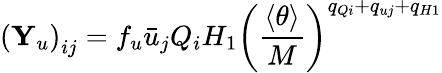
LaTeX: \left({\mathbf Y}_{u}\right)_{ij}=f_{u}\bar{u}_{j}Q_{i}H_{1}\left({\frac{\langle\theta\rangle}{M}}\right)^{q_{Qi}+q_{uj}+q_{H1}}